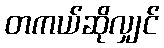
တကယ်ဆိုလျှင်